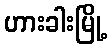
ဟားခါးမြို့